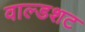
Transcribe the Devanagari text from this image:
वाल्डशट